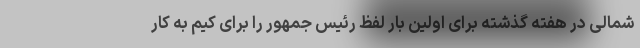
شمالی در هفته گذشته برای اولین بار لفظ رئیس جمهور را برای کیم به کار